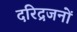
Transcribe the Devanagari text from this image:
दरिद्रजनों